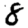
Digit: 8